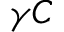
\gamma C